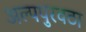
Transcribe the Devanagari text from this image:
अल्पपुरवठा